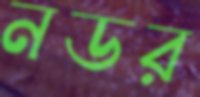
নডর